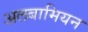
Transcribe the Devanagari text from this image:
अलबामियन